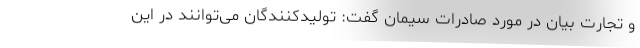
و تجارت بیان در مورد صادرات سیمان گفت: تولیدکنندگان می‌توانند در این